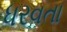
ધરવતા